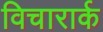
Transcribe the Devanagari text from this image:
विचारार्क